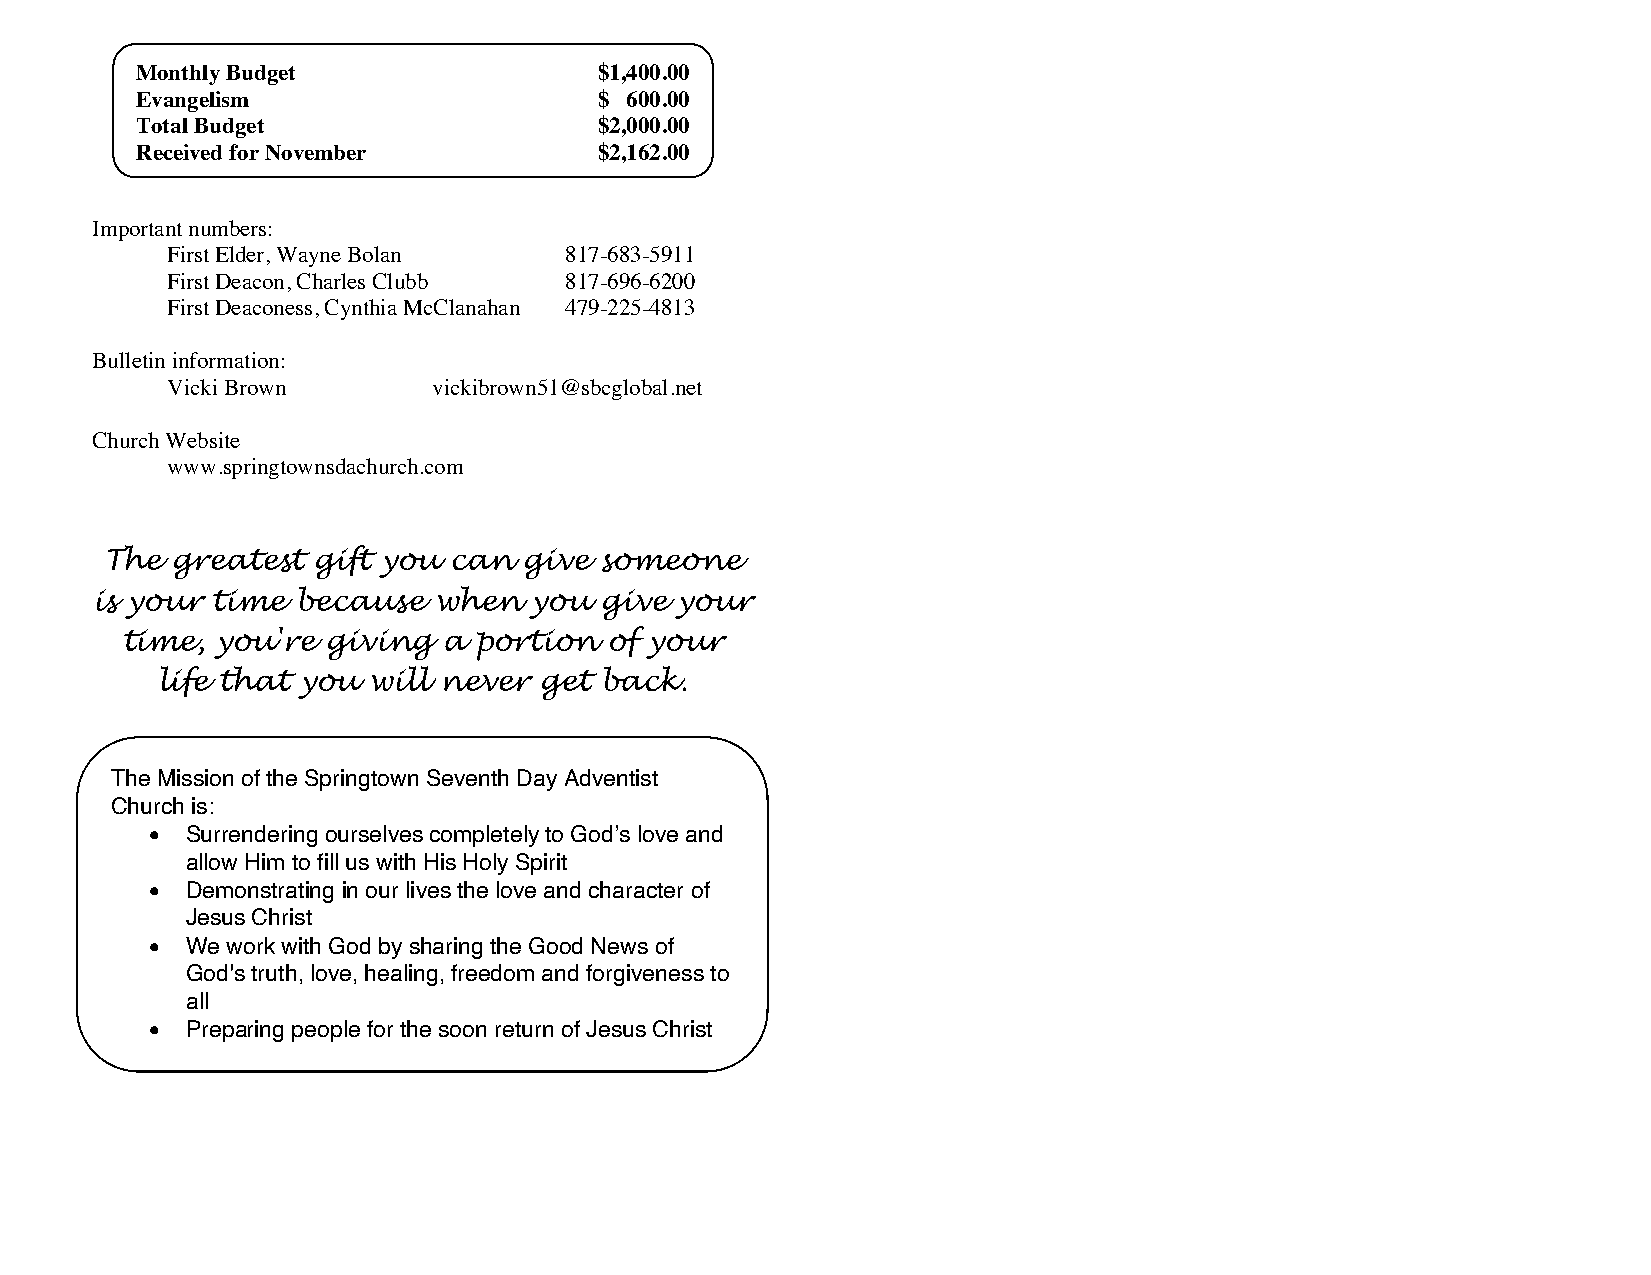
Monthly Budget                 $1,400.00
 Evangelism                     $ 600.00
 Total Budget                   $2,000.00
 Received for November          $2,162.00
 Important numbers:
 First Elder, Wayne Bolan  817-683-5911
 First Deacon, Charles Clubb 817-696-6200
 First Deaconess, Cynthia McClanahan 479-225-4813
 Bulletin information:
 Vicki Brown       vickibrown51@sbcglobal.net
 Church Website
 www.springtownsdachurch.com
 The greatest  gift you can  give someone
 is your time  because  when  you  give your
 time, you're  giving a portion  of your
 life that you will never  get back.
 The Mission of the Springtown Seventh Day Adventist
 Church is:
 • Surrendering ourselves completely to God’s love and
 allow Him to fill us with His Holy Spirit
 • Demonstrating in our lives the love and character of
 Jesus Christ
 • We work with God by sharing the Good News of
 God's truth, love, healing, freedom and forgiveness to
 all
 • Preparing people for the soon return of Jesus Christ
 •